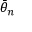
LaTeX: { \bar { \theta } } _ { n }